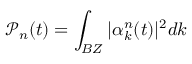
\mathcal { P } _ { n } ( t ) = \int _ { B Z } | \alpha _ { k } ^ { n } ( t ) | ^ { 2 } d k